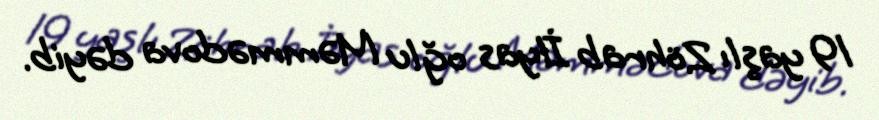
19 yaşlı Zöhrab İlyas oğlu Məmmədova dəyib.